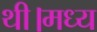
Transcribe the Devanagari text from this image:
थी।मध्य